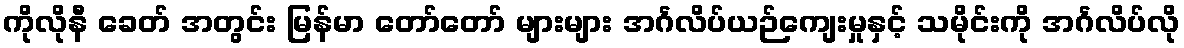
ကိုလိုနီ ခေတ် အတွင်း မြန်မာ တော်တော် များများ အင်္ဂလိပ်ယဉ်ကျေးမှုနှင့် သမိုင်းကို အင်္ဂလိပ်လို